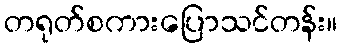
တရုတ်စကားပြောသင်တန်း။